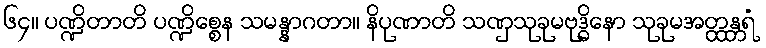
၆၄။ ပဏ္ဍိတာတိ ပဏ္ဍိစ္စေန သမန္နာဂတာ။ နိပုဏာတိ သဏှသုခုမဗုဒ္ဓိနော သုခုမအတ္ထန္တရံ